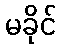
မခိုင်